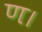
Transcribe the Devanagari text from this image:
ण।